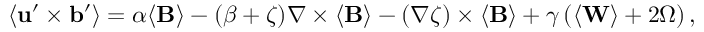
\langle { \bf { u } } ^ { \prime } \times { \bf { b } } ^ { \prime } \rangle = \alpha \langle { \bf { B } } \rangle - ( \beta + \zeta ) \nabla \times \langle { \bf { B } } \rangle - ( \nabla \zeta ) \times \langle { \bf { B } } \rangle + \gamma \left( \langle { \bf { W } } \rangle + 2 \boldsymbol { \Omega } \right) ,